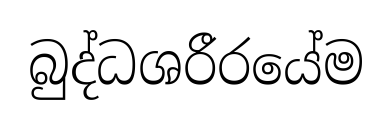
බුද්ධශරීරයේම